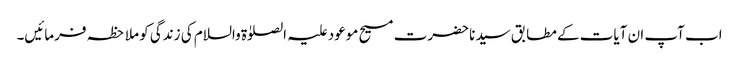
اب آپ ان آیات کے مطابق سیدنا حضرت مسیح موعود علیہ الصلوٰۃ والسلام کی زندگی کو ملاحظہ فرمائیں۔